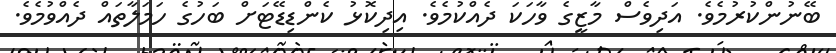
ބޭނުންކުރުމެވެ. އަދިވެސް މާޒީގެ ވާހަކަ ދެއްކުމެވެ. އިދިކޮޅު ކެންޑިޑޭޓަށް ބަހުގެ ހަމަލާތައް ދެއްވުމެވެ.